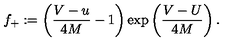
f _ { + } : = \left( \frac { V - u } { 4 M } - 1 \right) \exp \left( \frac { V - U } { 4 M } \right) .